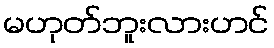
မဟုတ်ဘူးလားဟင်